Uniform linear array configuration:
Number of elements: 64
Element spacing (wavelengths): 0.25
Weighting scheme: exponential
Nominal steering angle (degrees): -15
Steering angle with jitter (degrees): -14.704
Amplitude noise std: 0.05
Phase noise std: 0.05

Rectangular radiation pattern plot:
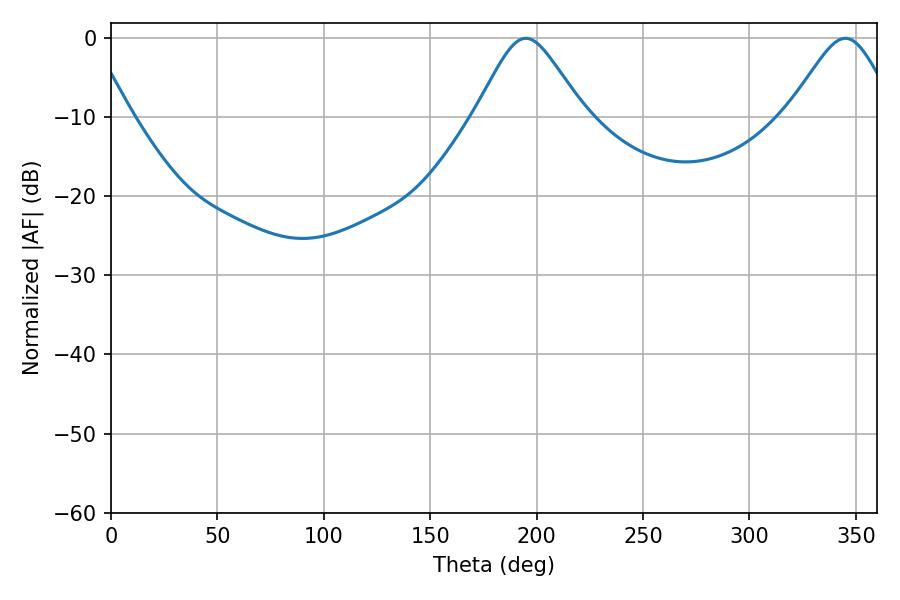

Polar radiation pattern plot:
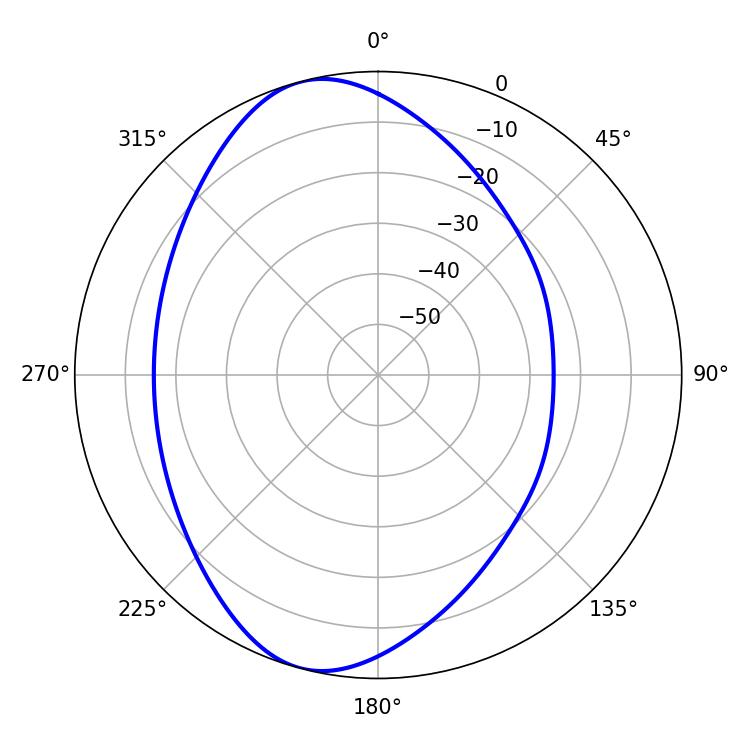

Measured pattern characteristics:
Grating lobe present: FALSE
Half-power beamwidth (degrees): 24.66
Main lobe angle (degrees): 194.94